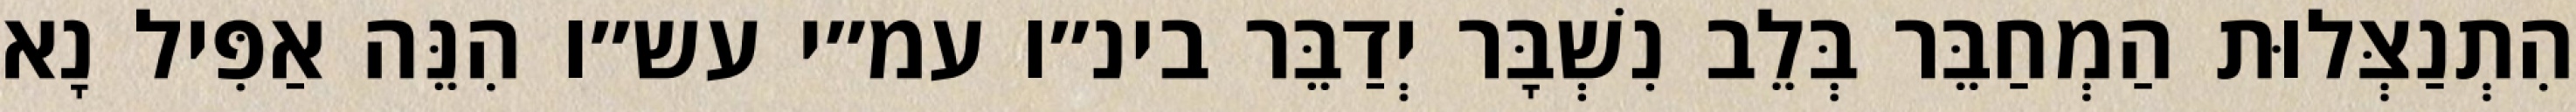
הִתְנַצְּלוּת הַמְחַבֵּר בְּלֵב נִשְׁבָּר יְדַבֵּר בינ״ו עמ״י עש״ו הִנֵּה אַפִּיל נָא